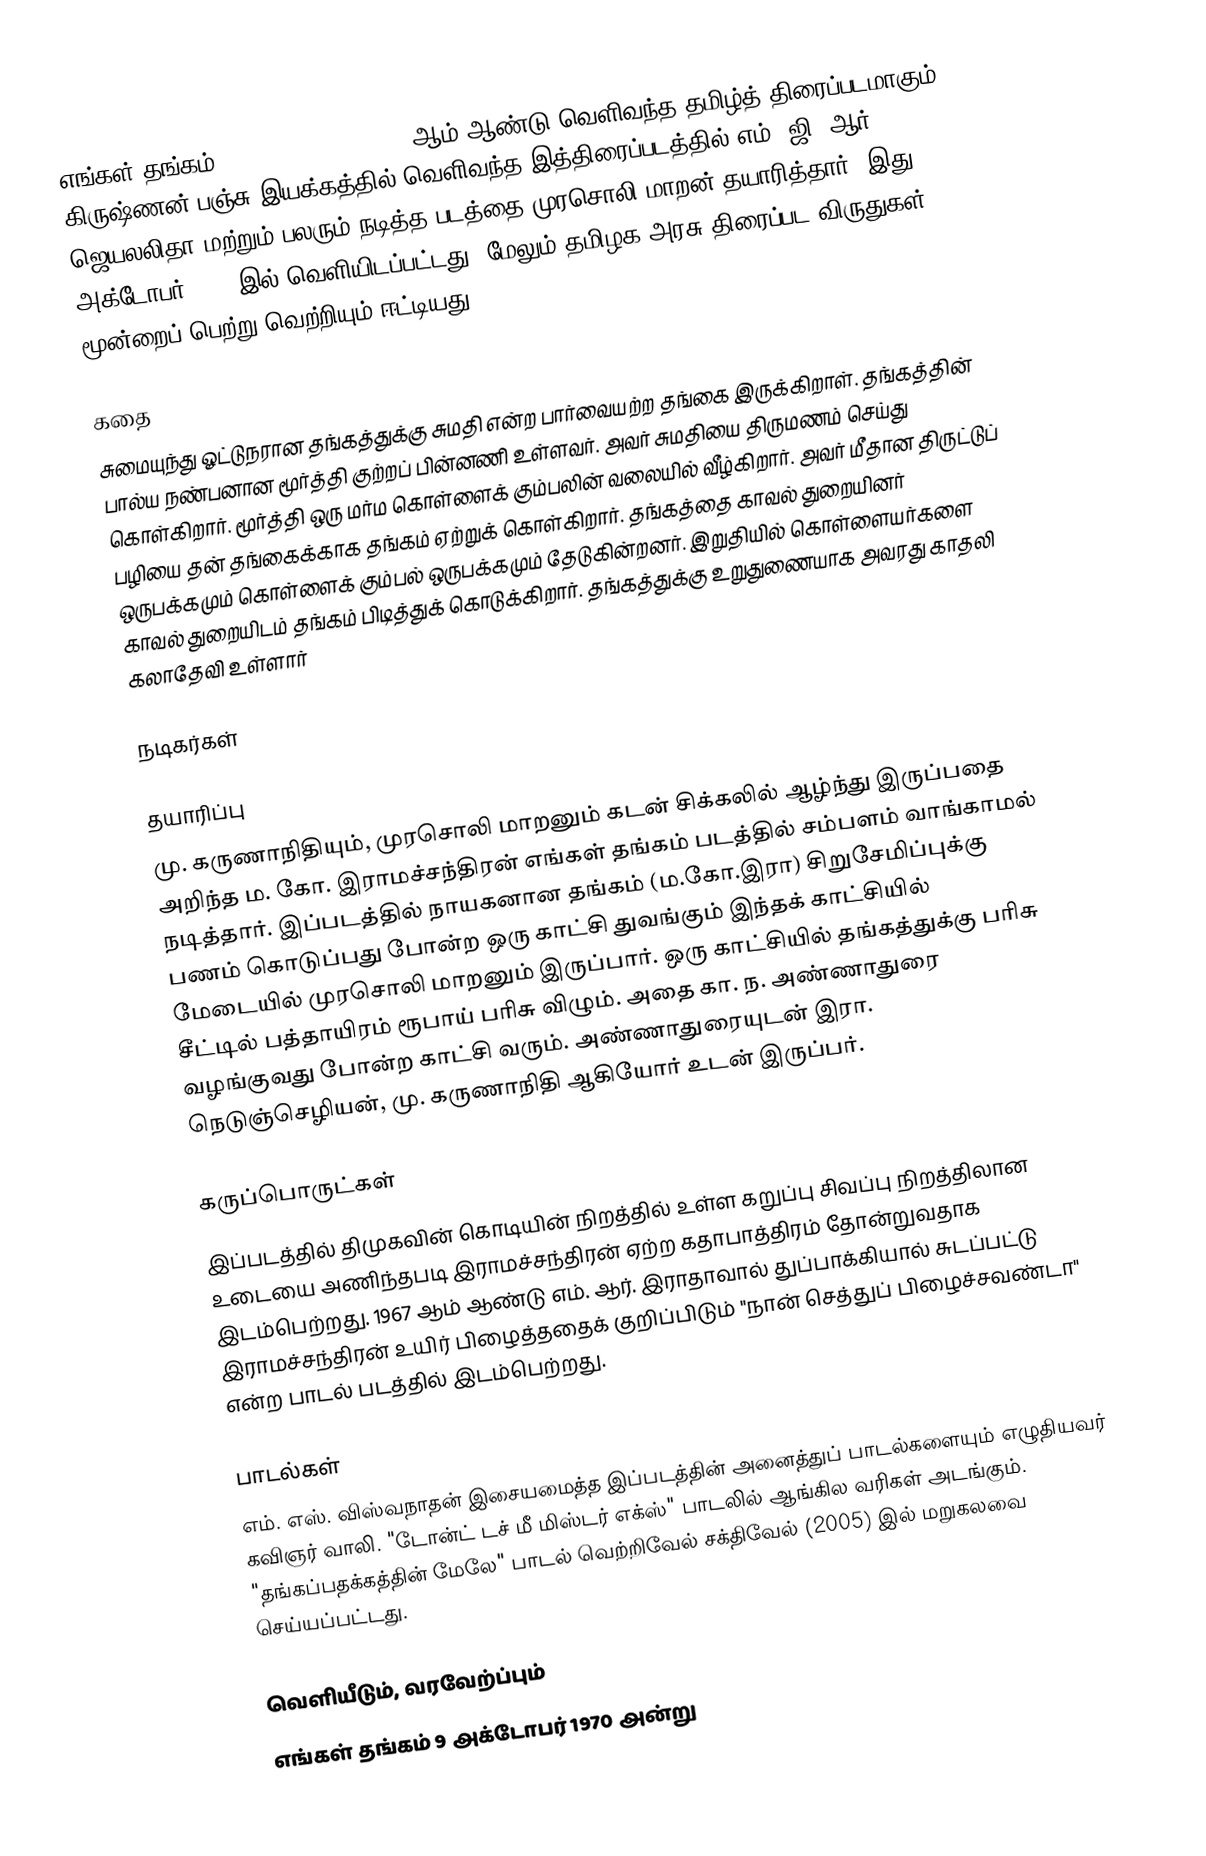
எங்கள் தங்கம் (Engal Thangam) 1970 ஆம் ஆண்டு வெளிவந்த தமிழ்த் திரைப்படமாகும். கிருஷ்ணன்-பஞ்சு இயக்கத்தில் வெளிவந்த இத்திரைப்படத்தில் எம். ஜி. ஆர், ஜெயலலிதா மற்றும் பலரும் நடித்த படத்தை முரசொலி மாறன் தயாரித்தார். இது 9 அக்டோபர் 1970 இல் வெளியிடப்பட்டது. மேலும் தமிழக அரசு திரைப்பட விருதுகள் மூன்றைப் பெற்று வெற்றியும் ஈட்டியது.

கதை
சுமையுந்து ஓட்டுநரான தங்கத்துக்கு சுமதி என்ற பார்வையற்ற தங்கை இருக்கிறாள். தங்கத்தின் பால்ய நண்பனான மூர்த்தி குற்றப் பின்னணி உள்ளவர். அவர் சுமதியை திருமணம் செய்து கொள்கிறார். மூர்த்தி ஒரு மர்ம கொள்ளைக் கும்பலின் வலையில் வீழ்கிறார். அவர் மீதான திருட்டுப் பழியை தன் தங்கைக்காக தங்கம் ஏற்றுக் கொள்கிறார். தங்கத்தை காவல் துறையினர் ஒருபக்கமும் கொள்ளைக் கும்பல் ஒருபக்கமும் தேடுகின்றனர். இறுதியில் கொள்ளையர்களை காவல் துறையிடம் தங்கம் பிடித்துக் கொடுக்கிறார். தங்கத்துக்கு உறுதுணையாக அவரது காதலி கலாதேவி உள்ளார்

நடிகர்கள்

தயாரிப்பு
மு. கருணாநிதியும், முரசொலி மாறனும் கடன் சிக்கலில் ஆழ்ந்து இருப்பதை அறிந்த ம. கோ. இராமச்சந்திரன் எங்கள் தங்கம் படத்தில் சம்பளம் வாங்காமல் நடித்தார். இப்படத்தில் நாயகனான தங்கம் (ம.கோ.இரா) சிறுசேமிப்புக்கு பணம் கொடுப்பது போன்ற ஒரு காட்சி துவங்கும் இந்தக் காட்சியில் மேடையில் முரசொலி மாறனும் இருப்பார். ஒரு காட்சியில் தங்கத்துக்கு பரிசு சீட்டில் பத்தாயிரம் ரூபாய் பரிசு விழும். அதை கா. ந. அண்ணாதுரை வழங்குவது போன்ற காட்சி வரும். அண்ணாதுரையுடன் இரா. நெடுஞ்செழியன், மு. கருணாநிதி ஆகியோர் உடன் இருப்பர்.

கருப்பொருட்கள்
இப்படத்தில் திமுகவின் கொடியின் நிறத்தில் உள்ள கறுப்பு சிவப்பு நிறத்திலான உடையை அணிந்தபடி இராமச்சந்திரன் ஏற்ற கதாபாத்திரம் தோன்றுவதாக இடம்பெற்றது. 1967 ஆம் ஆண்டு எம். ஆர். இராதாவால் துப்பாக்கியால் சுடப்பட்டு இராமச்சந்திரன் உயிர் பிழைத்ததைக் குறிப்பிடும் "நான் செத்துப் பிழைச்சவண்டா" என்ற பாடல் படத்தில் இடம்பெற்றது.

பாடல்கள்
எம். எஸ். விஸ்வநாதன் இசையமைத்த இப்படத்தின் அனைத்துப் பாடல்களையும் எழுதியவர் கவிஞர் வாலி.  "டோன்ட் டச் மீ மிஸ்டர் எக்ஸ்" பாடலில் ஆங்கில வரிகள் அடங்கும். "தங்கப்பதக்கத்தின் மேலே" பாடல் வெற்றிவேல் சக்திவேல் (2005) இல் மறுகலவை செய்யப்பட்டது.

வெளியீடும், வரவேற்ப்பும்
எங்கள் தங்கம் 9 அக்டோபர் 1970 அன்று